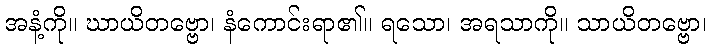
အနံ့ကို။ ဃာယိတဗ္ဗော၊ နံကောင်းရာ၏။ ရသော၊ အရသာကို။ သာယိတဗ္ဗော၊